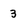
Character: 3